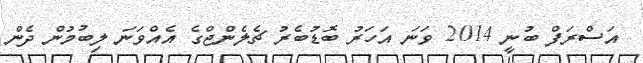
އަސްރަފް ބުނީ 2014 ވަނަ އަހަރު ބޮޑުބެރު ޗެލެންޖްގެ އެއްވަނަ ލިބުމުން ދެން